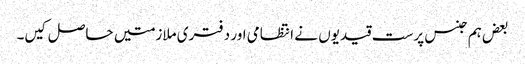
بعض ہم جنس پرست قیدیوں نے انتظامی اور دفتری ملازمتیں حاصل کیں۔